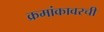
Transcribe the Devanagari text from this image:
क्रमांकावरची